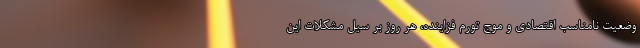
وضعیت نامناسب اقتصادی و موج تورم فزاینده، هر روز بر سیل مشکلات این